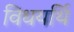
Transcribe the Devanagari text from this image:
विधयर्थि